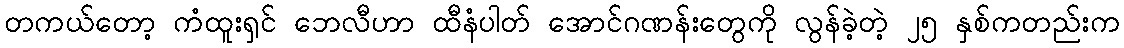
တကယ်တော့ ကံထူးရှင် ဘေလီဟာ ထီနံပါတ် အောင်ဂဏန်းတွေကို လွန်ခဲ့တဲ့ ၂၅ နှစ်ကတည်းက